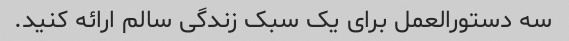
سه دستورالعمل برای یک سبک زندگی سالم ارائه کنید.